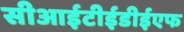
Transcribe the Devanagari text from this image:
सीआईटीईडीईएफ